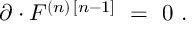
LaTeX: \partial \cdot { \cal F } ^ { ( n ) \, [ n - 1 ] } \ = \ 0 \ .